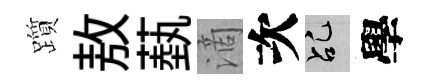
躓敖蓺滴次乩學